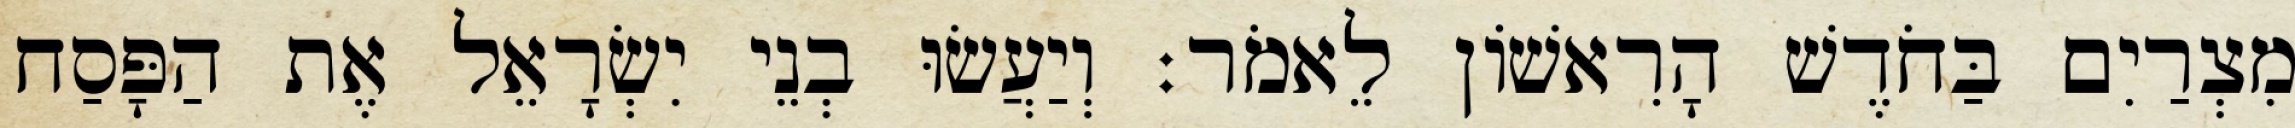
מִצְרַיִם בַּחֹדֶשׁ הָרִאשׁוֹן לֵאמֹר׃ וְיַעֲשׂוּ בְנֵי יִשְׂרָאֵל אֶת הַפָּסַח